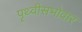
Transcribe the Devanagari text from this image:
पृथ्वीसभोवार